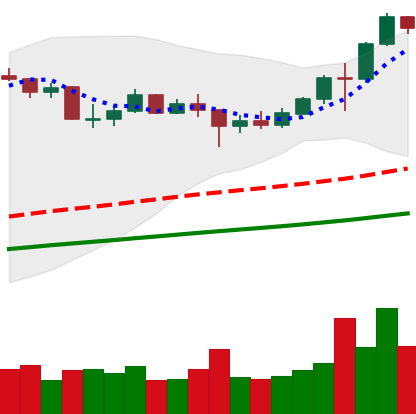
Ticker: LINK-USD
Chart end date: 2020-08-05
Forward return: 40.615%
Label: up_7plus